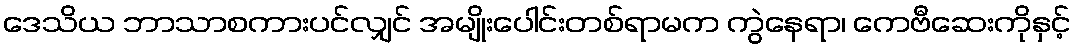
ဒေသိယ ဘာသာစကားပင်လျှင် အမျိုးပေါင်းတစ်ရာမက ကွဲနေရာ၊ ကေဗီဆေးကိုနှင့်